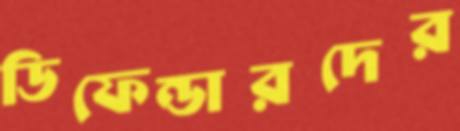
ডিফেন্ডারদের